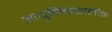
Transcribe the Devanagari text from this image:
आधुनिककालीन